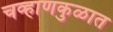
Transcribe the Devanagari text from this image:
चव्हाणकुळात